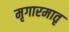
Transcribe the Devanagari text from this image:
मृगारमातृ